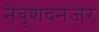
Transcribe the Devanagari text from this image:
नेबूशदनज़र